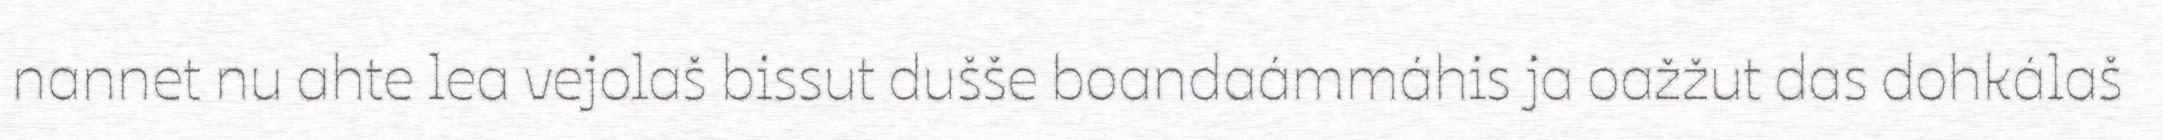
nannet nu ahte lea vejolaš bissut dušše boandaámmáhis ja oažžut das dohkálaš